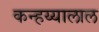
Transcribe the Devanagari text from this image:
कन्हय्यालाल